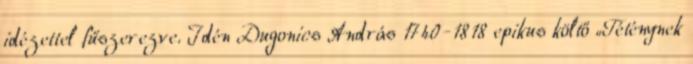
idézettel fűszerezve. Idén Dugonics András 1740-1818 epikus költő „Téténynek